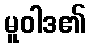
မူဝါဒ၏